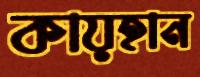
কায়হান